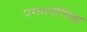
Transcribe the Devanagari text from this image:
परामनोविद्या